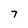
Character: 7